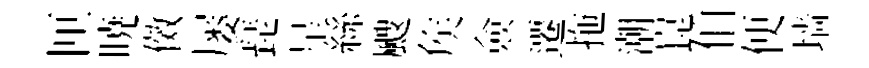
匣暁傚屡琵星絲颼矦僉遷拖潮崑伯便墙